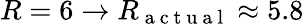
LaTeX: R=6\to R_{\mathrm{~a~c~t~u~a~l~}}\approx 5.8